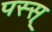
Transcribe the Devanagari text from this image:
पस्स्